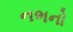
નભનો